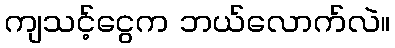
ကျသင့်ငွေက ဘယ်လောက်လဲ။